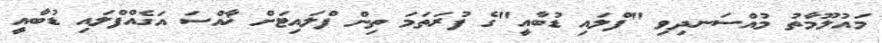
މައުލޫމާތު މުއްސަނދިވި "ފްލައި ޑުބާއީ"ގެ ފުރަތަމަ ތިން ފްލައިޓަށް ޚާއްސަ އަގެއްފްލައި ޑުބާއީ